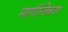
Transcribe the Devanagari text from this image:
मार्गान्तिकरण